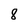
Character: 8